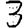
Digit: 3